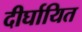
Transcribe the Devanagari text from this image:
दीर्घायित